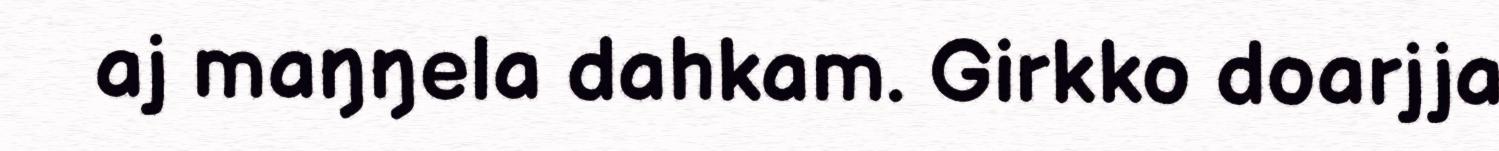
aj maŋŋela dahkam. Girkko doarjja